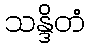
သန္ဒိတံ